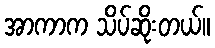
အာကာက သိပ်ဆိုးတယ်။